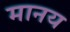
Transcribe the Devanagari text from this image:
मानय